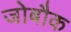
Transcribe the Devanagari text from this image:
जोबौक